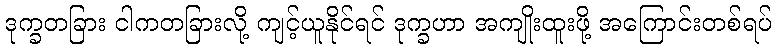
ဒုက္ခတခြား ငါကတခြားလို့ ကျင့်ယူနိုင်ရင် ဒုက္ခဟာ အကျိုးထူးဖို့ အကြောင်းတစ်ရပ်